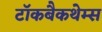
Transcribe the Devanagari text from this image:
टॉकबैकथेम्स